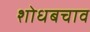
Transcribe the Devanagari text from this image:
शोधबचाव